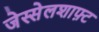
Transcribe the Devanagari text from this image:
जेस्सेलशाफ़्ट